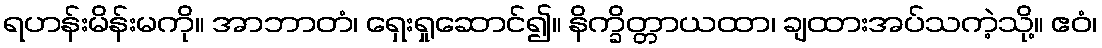
ရဟန်းမိန်းမကို။ အာဘာတံ၊ ရှေးရှုဆောင်၍။ နိက္ခိတ္တာယထာ၊ ချထားအပ်သကဲ့သို့။ ဧဝံ၊